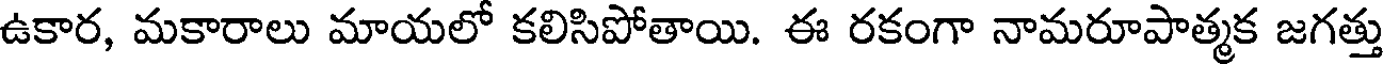
ఉకార, మకారాలు మాయలో కలిసిపోతాయి. ఈ రకంగా నామరూపాత్మక జగత్తు